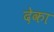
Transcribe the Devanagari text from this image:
देका